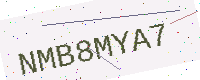
Text: NMB8MYA7